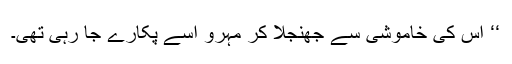
‘‘ اس کی خاموشی سے جھنجلا کر مہرو اسے پکارے جا رہی تھی۔